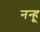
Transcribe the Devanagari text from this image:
नन्हू